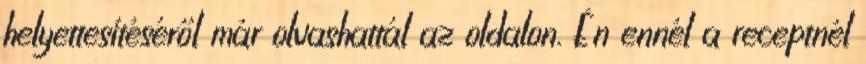
helyettesítéséről már olvashattál az oldalon. Én ennél a receptnél